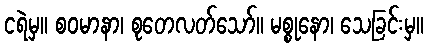
ငရဲမှ။ စဝမာနာ၊ စုတေလတ်သော်။ မစ္စုနော၊ သေခြင်းမှ။